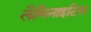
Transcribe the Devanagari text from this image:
लैमिनाइटिस